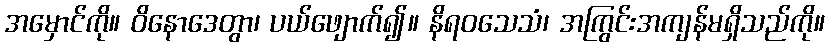
အမှောင်ကို။ ဝိနောဒေတွာ၊ ပယ်ဖျောက်၍။ နိရဝသေသံ၊ အကြွင်းအကျန်မရှိသည်ကို။